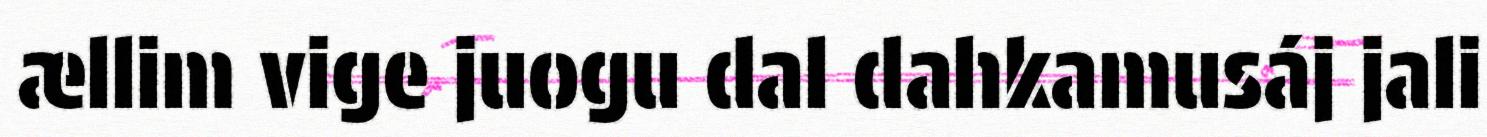
ællim vige juogu dal dahkamusáj jali